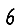
Digit: 6